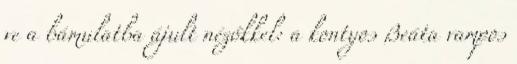
ve a bámulatba ájult nézőkkel: a kontyos Beáta vampos